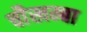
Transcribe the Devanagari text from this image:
चाैखम्बा